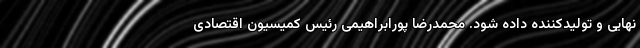
نهایی و تولیدکننده داده شود. محمدرضا پورابراهیمی رئیس کمیسیون اقتصادی